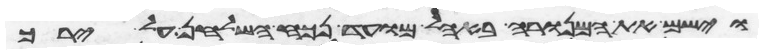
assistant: וישם את המנורה באהל מועד נכח השלחן על ירך